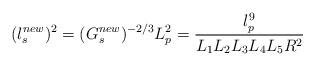
\begin{align*}(l_{s}^{new})^{2}=(G_{s}^{new})^{-2/3} L^{2}_{p}=\frac{l_{p}^{9}}{L_1 L_2 L_3 L_4 L_5 R^2}\end{align*}